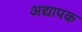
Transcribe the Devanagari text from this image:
अद्यापक